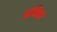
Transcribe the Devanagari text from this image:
अविता